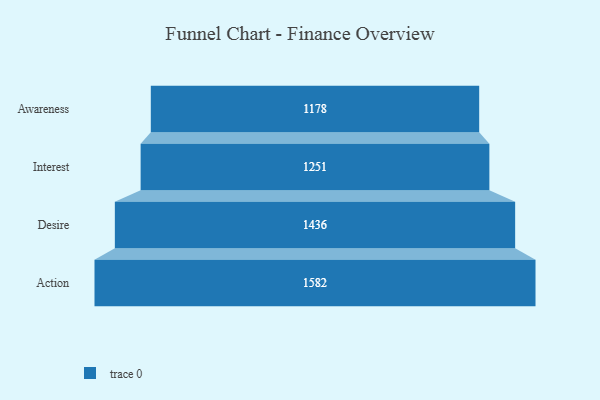
{"axis": {"x": "Stage", "y": "Value"}, "legend": [""], "data": [{"x": "Awareness", "y": 1178.0, "type": ""}, {"x": "Interest", "y": 1251.0, "type": ""}, {"x": "Desire", "y": 1436.0, "type": ""}, {"x": "Action", "y": 1582.0, "type": ""}]}